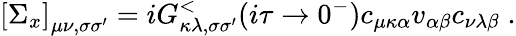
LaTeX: \left[\Sigma_{x}\right]_{\mu\nu,\sigma\sigma^{\prime}}=iG_{\kappa\lambda,\sigma\sigma^{\prime}}^{<}(i\tau\rightarrow 0^{-})c_{\mu\kappa\alpha}v_{\alpha\beta}c_{\nu\lambda\beta}\; .